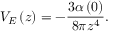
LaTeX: V _ { E } \left( z \right) = - \frac { 3 \alpha \left( 0 \right) } { 8 \pi z ^ { 4 } } .